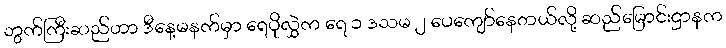
ဘွက်ကြီးဆည်ဟာ ဒီနေ့မနက်မှာ ရေပိုလွှဲက ရေ ၁ ဒသမ ၂ ပေကျော်နေတယ်လို့ ဆည်မြောင်းဌာနက